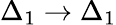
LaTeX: \Delta_{1}\rightarrow\Delta_{1}